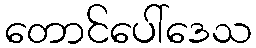
တောင်ပေါ်ဒေသ